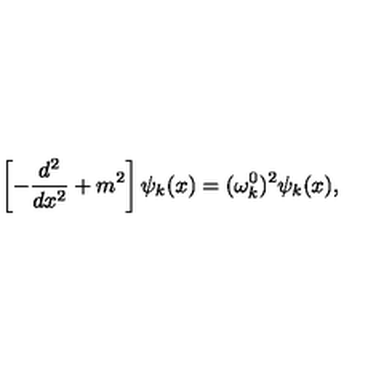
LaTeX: \left[ - \frac { d ^ { 2 } } { d x ^ { 2 } } + m ^ { 2 } \right] \psi _ { k } ( x ) = ( \omega _ { k } ^ { 0 } ) ^ { 2 } \psi _ { k } ( x ) ,